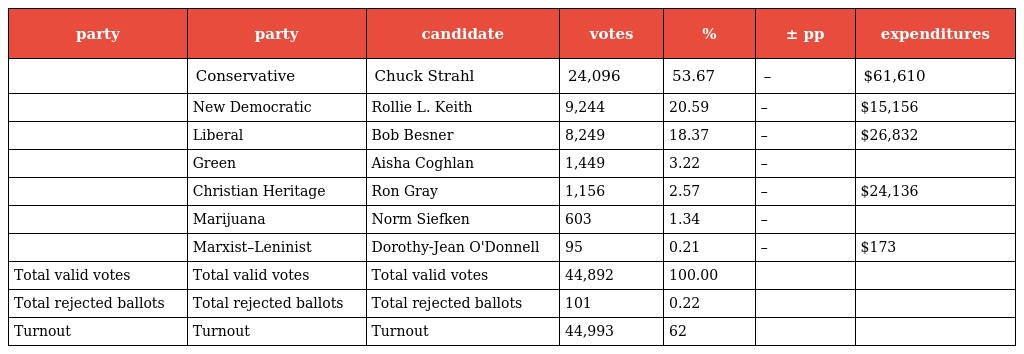
| party | party | candidate | votes | % | ± pp | expenditures |
 | --- | --- | --- | --- | --- | --- | --- |
 |  | Conservative | Chuck Strahl | 24,096 | 53.67 | – | $61,610 |
 |  | New Democratic | Rollie L. Keith | 9,244 | 20.59 | – | $15,156 |
 |  | Liberal | Bob Besner | 8,249 | 18.37 | – | $26,832 |
 |  | Green | Aisha Coghlan | 1,449 | 3.22 | – |  |
 |  | Christian Heritage | Ron Gray | 1,156 | 2.57 | – | $24,136 |
 |  | Marijuana | Norm Siefken | 603 | 1.34 | – |  |
 |  | Marxist–Leninist | Dorothy-Jean O'Donnell | 95 | 0.21 | – | $173 |
 | Total valid votes | Total valid votes | Total valid votes | 44,892 | 100.00 |  |  |
 | Total rejected ballots | Total rejected ballots | Total rejected ballots | 101 | 0.22 |  |  |
 | Turnout | Turnout | Turnout | 44,993 | 62 |  |  |